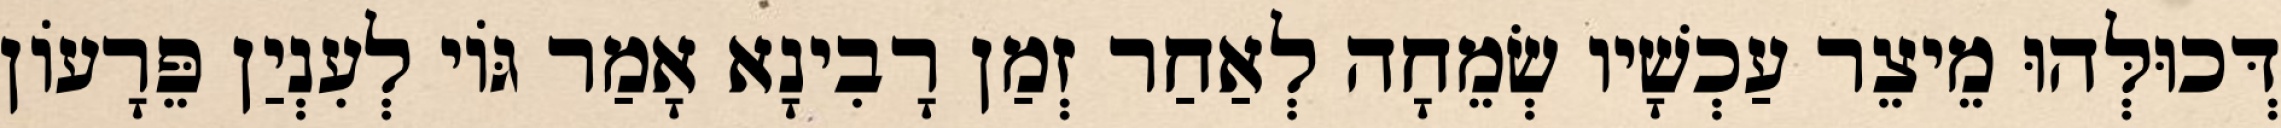
דְּכוּלְּהוּ מֵיצֵר עַכְשָׁיו שְׂמֵחָה לְאַחַר זְמַן רָבִינָא אָמַר גּוֹי לְעִנְיַן פֵּרָעוֹן